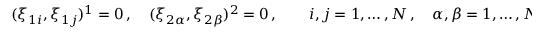
( \xi _ { 1 i } , \xi _ { 1 j } ) ^ { 1 } = 0 \, , \quad ( \xi _ { 2 \alpha } , \xi _ { 2 \beta } ) ^ { 2 } = 0 \, , \qquad i , j = 1 , \ldots , N \, , \quad \alpha , \beta = 1 , \ldots , N \, ,